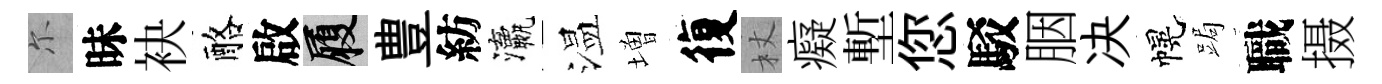
尓昧袂酪啟履豊紡瀛温増復杖癡塹您駁胭决幌跼職摄